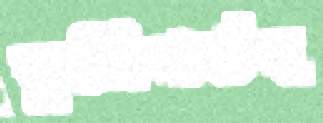
ভূমিগর্ভস্থ